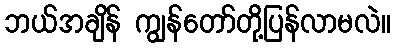
ဘယ်အချိန် ကျွန်တော်တို့ပြန်လာမလဲ။